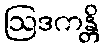
ဩဒကန္တိ